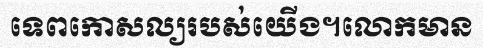
ទេពកោសល្យរបស់យើង។លោកមាន